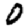
Digit: 0